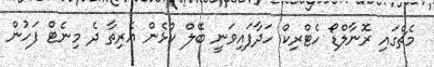
މެޗްގައި ރޮނާލްޑޯ ހެޓްރިކް ހަދާފައިވަނީ ބޭލް ކުޅެން އެރިތާ ދެ މިނެޓް ފަހުން